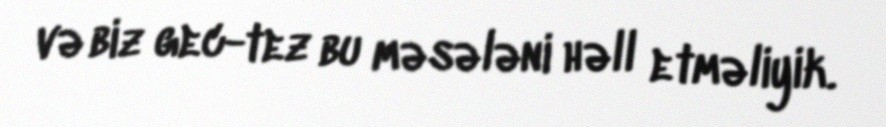
və biz gec-tez bu məsələni həll etməliyik.